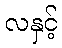
လနှင့်